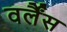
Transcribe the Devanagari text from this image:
वर्लैंस